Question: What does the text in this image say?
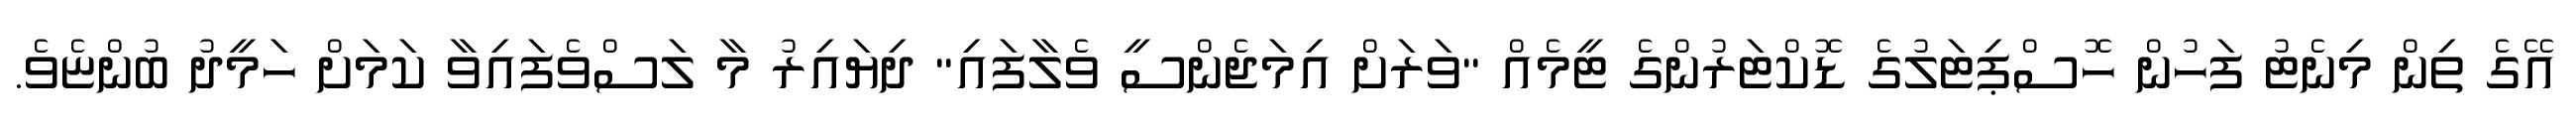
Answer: އޭގެ ތިން މިނެޓު ފަހުން ހޮސްޕިޓަލުގެ ޑޮކްޓަރުންގެ ޓީމެއް "ވަރަށް އިމަޖެންސީ ވެލާފައި" ދިޔައިރު މާ ލަސްވެފައިވާ ކަމަށް ހަމީދު ބުންޏެވެ.